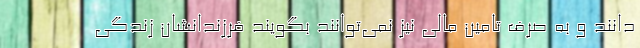
‌دانند و به صرف تامین مالی نیز نمی‌توانند بگویند فرزندانشان زندگی